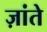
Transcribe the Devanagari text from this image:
ज़ांते